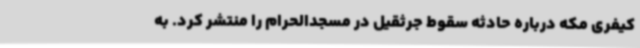
کیفری مکه درباره حادثه سقوط جرثقیل در مسجدالحرام را منتشر کرد. به